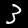
Digit: 3